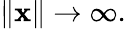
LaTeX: \| \mathbf{x}\| \to\infty.